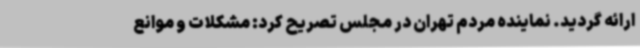
ارائه گردید. نماینده مردم تهران در مجلس تصریح کرد: مشکلات و موانع